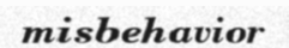
misbehavior